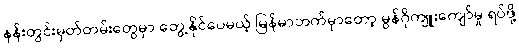
နန်းတွင်းမှတ်တမ်းတွေမှာ တွေ့နိုင်ပေမယ့် မြန်မာဘက်မှာတော့ မွန်ဂိုကျူးကျော်မှု ရပ်ဖို့